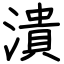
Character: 潰